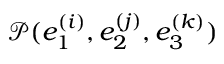
\mathcal { P } ( e _ { 1 } ^ { ( i ) } , e _ { 2 } ^ { ( j ) } , e _ { 3 } ^ { ( k ) } )